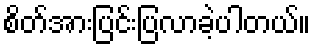
စိတ်အားပြင်းပြလာခဲ့ပါတယ်။